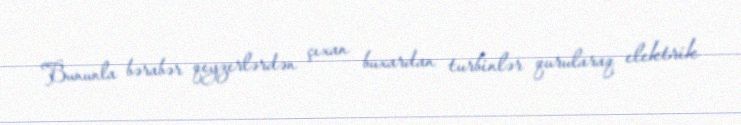
Bununla bərabər qeyzerlərdən çıxan buxardan turbinlər qurularaq elektrik